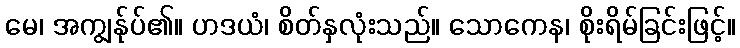
မေ၊ အကျွန်ုပ်၏။ ဟဒယံ၊ စိတ်နှလုံးသည်။ သောကေန၊ စိုးရိမ်ခြင်းဖြင့်။